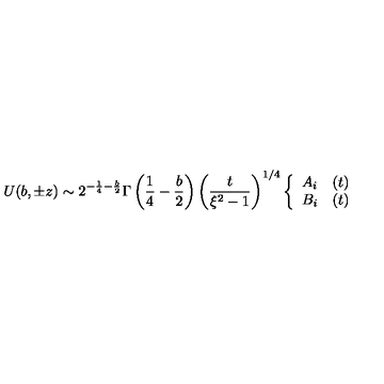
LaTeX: U ( b , \pm z ) \sim 2 ^ { - \frac { 1 } { 4 } - \frac { b } { 2 } } \Gamma \left( \frac { 1 } { 4 } - \frac { b } { 2 } \right) \left( \frac { t } { \xi ^ { 2 } - 1 } \right) ^ { 1 / 4 } \left\{ \begin{array} { l l } { A _ { i } } & { ( t ) } \\ { B _ { i } } & { ( t ) } \\ \end{array} \right.